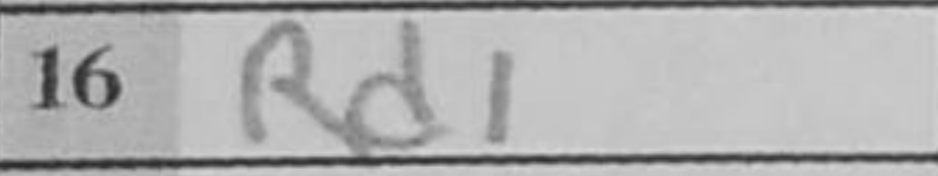
Transcription: Rd1